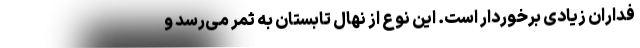
فداران زیادی برخوردار است. این نوع از نهال تابستان به ثمر می‌رسد و